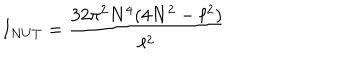
LaTeX: I _ { N U T } = \frac { 3 2 \pi ^ { 2 } N ^ { 4 } ( 4 N ^ { 2 } - \ell ^ { 2 } ) } { \ell ^ { 2 } }